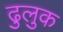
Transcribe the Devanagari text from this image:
ढुलुक